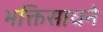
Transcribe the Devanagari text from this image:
भक्तिसाधने